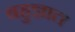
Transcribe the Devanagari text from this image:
बहुज्ञात